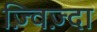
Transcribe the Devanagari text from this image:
ज़्विज़्दा